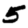
Digit: 5